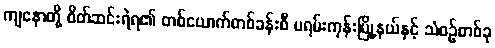
ကျနောတို့ စိတ်ဆင်းရဲရ၏ တစ်ယောက်တစ်ခန်းစီ မရမ်းကုန်းမြို့နယ်နှင့် သံစဉ်တစ်ခု